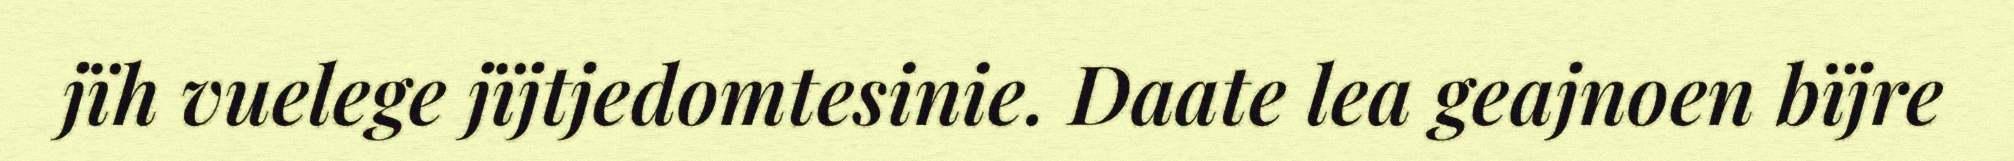
jïh vuelege jïjtjedomtesinie. Daate lea geajnoen bïjre